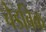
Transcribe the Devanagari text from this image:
चेडविक